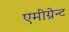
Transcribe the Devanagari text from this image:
एमीग्रेन्ट